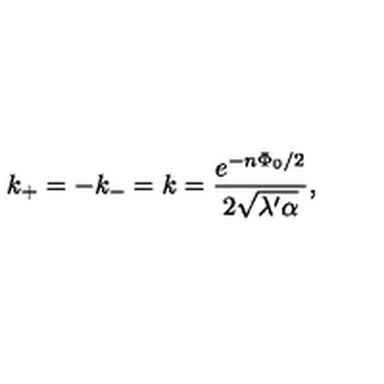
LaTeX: k _ { + } = - k _ { - } = k = \frac { e ^ { - n \Phi _ { 0 } / 2 } } { 2 \sqrt { \lambda ^ { \prime } \alpha } } ,